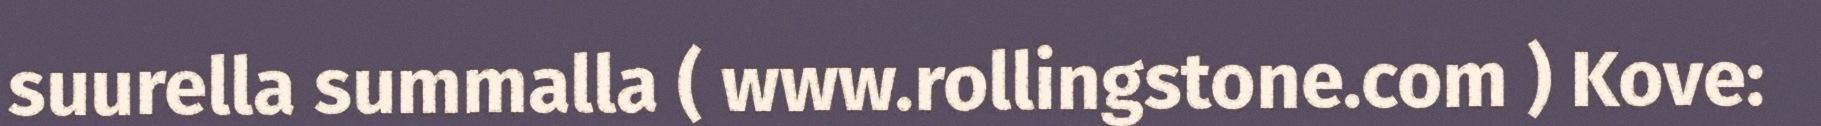
suurella summalla ( www.rollingstone.com ) Kove: